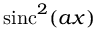
\operatorname { s i n c } ^ { 2 } ( a x )